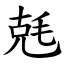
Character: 兞